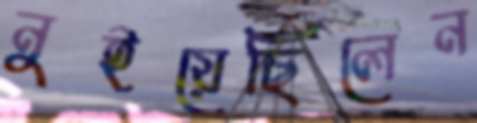
নুইয়েছিলেন